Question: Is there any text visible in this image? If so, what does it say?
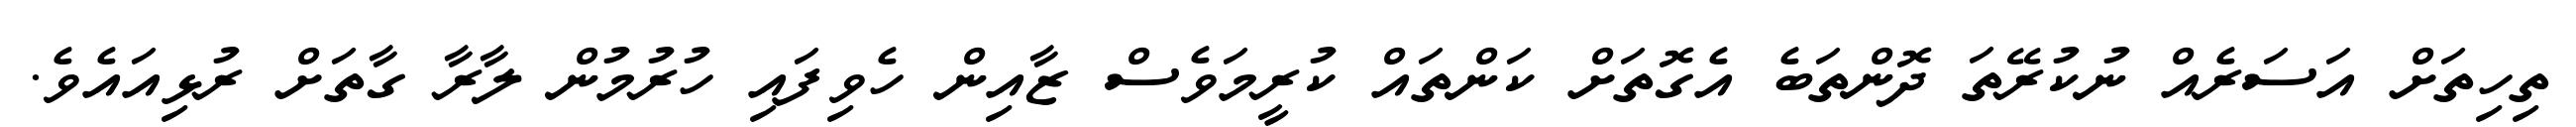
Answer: ތިހިތަށް އަސަރެއް ނުކުރޭތަ ދޮންތަބެ އެގޮތަށް ކަންތައް ކުރީމަވެސް ޒާއިން ހެވިފައި ހުރުމުން ލާރާ ގާތަށް ރުޅިއައެވެ.